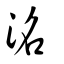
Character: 洺